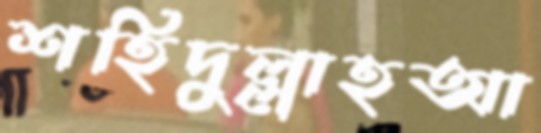
শহিদুল্লাহআ